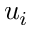
u _ { i }